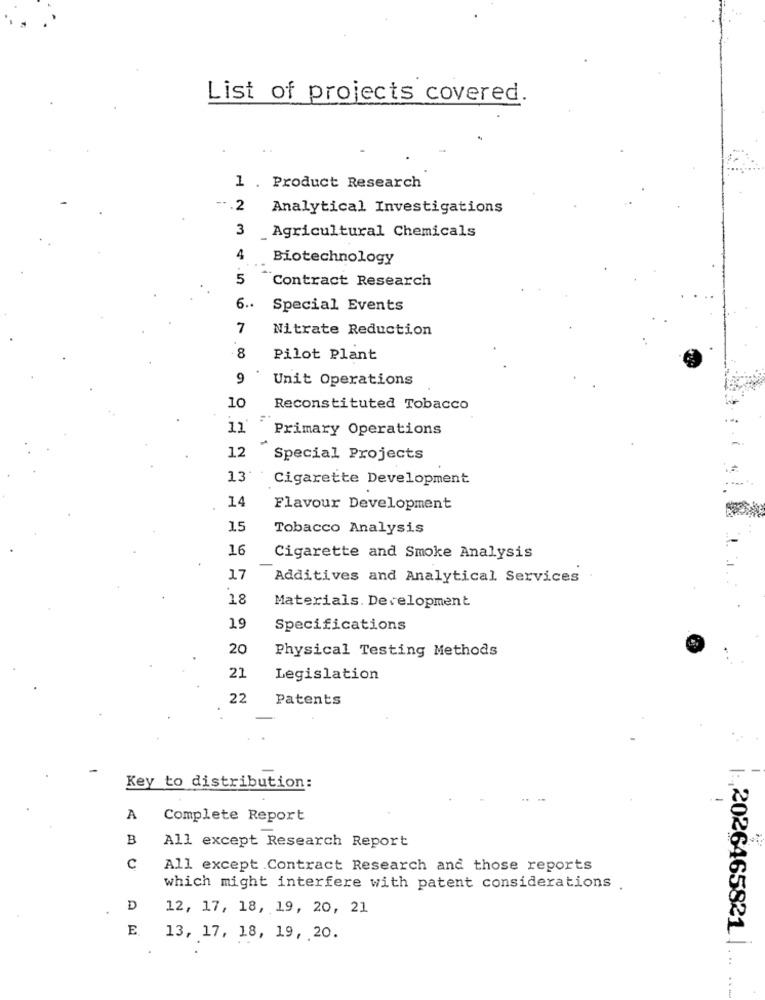
List of projects covered.
1 . Product Research
-- . 2
Analytical Investigations
3
Agricultural Chemicals
4
Biotechnology
5
Contract Research
6 ..
Special Events
7
Nitrate Reduction
8
Pilot Plant
9
Unit Operations
10
Reconstituted Tobacco
11
Primary Operations
12
Special Projects
13'
Cigarette Development
14
Flavour Development
15
Tobacco Analysis
16
Cigarette and Smoke Analysis
17
Additives and Analytical Services
18
Materials. Development
19
Specifications
20
Physical Testing Methods
21
Legislation
22
Patents
Key to distribution:
A
Complete Report
B
All except Research Report
C
All except Contract Research and those reports
which might interfere with patent considerations .
D
12, 17, 18, 19, 20, 21
E
13, 17, 18, 19, 20.
2026465821 |